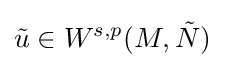
{\tilde {u}}\in W^{s,p}(M,{\tilde {N}})